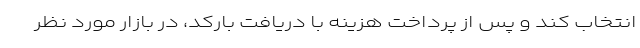
انتخاب کند و پس از پرداخت هزینه با دریافت بارکد، در بازار مورد نظر